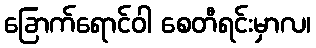
ခြောက်ရောင်ဝါ စေတီရင်းမှာလ၊